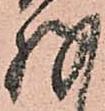
存